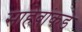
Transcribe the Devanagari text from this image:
साहेबांकडे